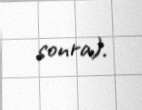
sonra).